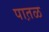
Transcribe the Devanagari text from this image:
पात़ळ